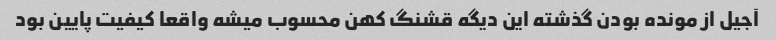
آجیل از مونده بودن گذشته این دیگه قشنگ کهن محسوب میشه واقعا کیفیت پایین بود